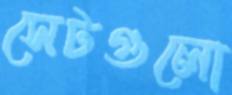
সেটগুলো